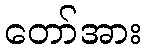
တော်အား